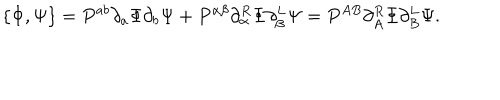
\{ \Phi , \Psi \} = P ^ { a b } \partial _ { a } \Phi \partial _ { b } \Psi + P ^ { \alpha \beta } \partial _ { \alpha } ^ { R } \Phi \partial _ { \beta } ^ { L } \Psi = P ^ { A B } \partial _ { A } ^ { R } \Phi \partial _ { B } ^ { L } \Psi .